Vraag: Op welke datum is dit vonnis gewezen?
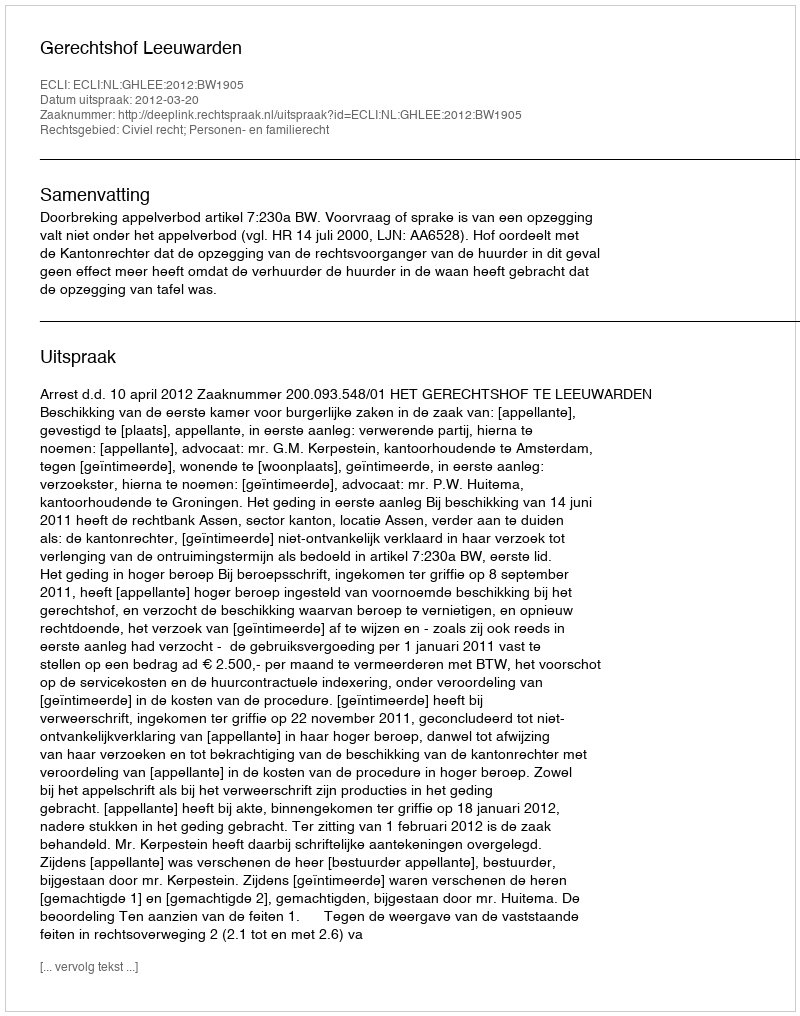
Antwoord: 2012-03-20